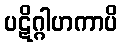
ပဋိဂ္ဂါဟကာပိ